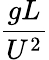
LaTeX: \frac{gL}{U^{2}}